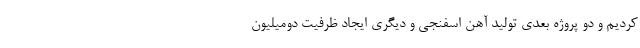
کردیم و دو پروژه بعدی تولید آهن اسفنجی و دیگری ایجاد ظرفیت دومیلیون